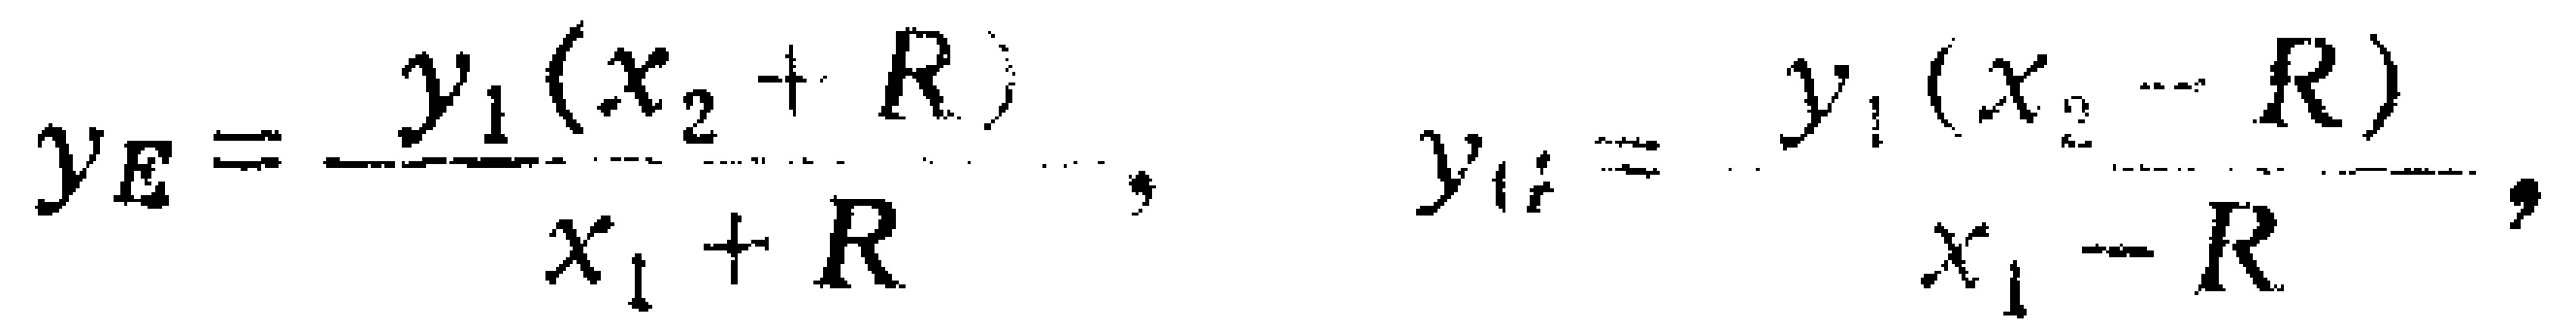
\[y_E = \frac{y_1(x_2 + R)}{x_1 + R}, \quad y_F = \frac{y_1(x_2 - R)}{x_1 - R},\]